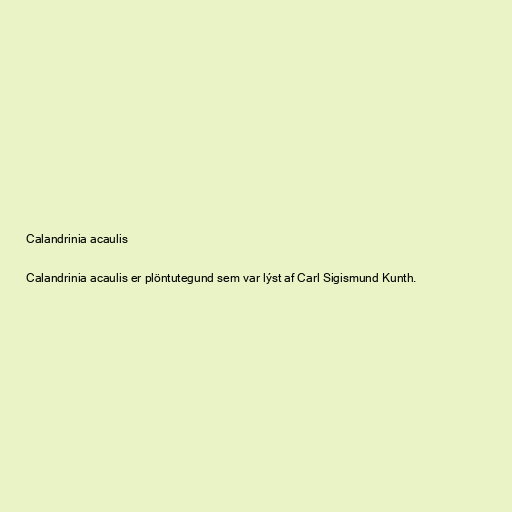
Calandrinia acaulis

Calandrinia acaulis er plöntutegund sem var lýst af Carl Sigismund Kunth.